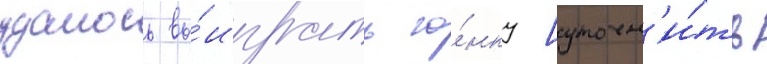
удалось вы́играть го́нку [уточн'и́ть